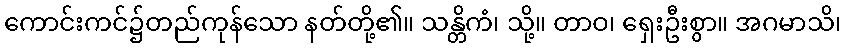
ကောင်းကင်၌တည်ကုန်သော နတ်တို့၏။ သန္တိကံ၊ သို့။ တာဝ၊ ရှေးဦးစွာ။ အဂမာသိ၊